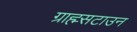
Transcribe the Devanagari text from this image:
ग्राह्म्सटाउन